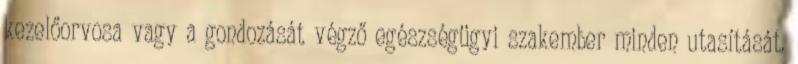
kezelőorvosa vagy a gondozását végző egészségügyi szakember minden utasítását.